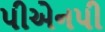
પીએનપી